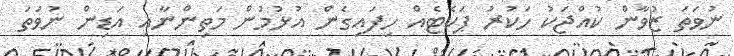
ނުވަތަ ޒުވާން ކުއްޖަކު ހަކުރު ޕަކެޓެއް ހިފައިގެން އުޅުމުން މަތިންނާއި އަޑިން ނުވަތަ